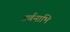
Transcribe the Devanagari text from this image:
उर्णनाभि